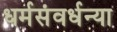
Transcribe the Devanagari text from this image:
धर्मसंवर्धन्या